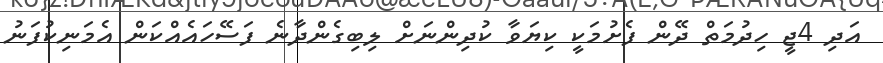
އަދި 4ޖީ ހިދުމަތް ދޭން ފެށުމަކީ ކިޔަވާ ކުދިންނަށް ލިބިގެންދާނެ ފަސޭހައެއްކަން އެމަނިކުފަނު